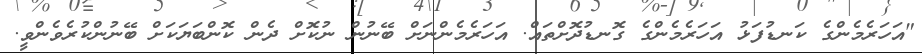
"އަހަރެމެންގެ ކަނޑުފަޅު އަހަރެމެންގެ ގޮނޑުދޮށްތައް. އަހަރެމެންނަށް ބޭނުން ނުކޮށް ދެން ކޮންބަޔަކަށް ބޭނުންކުރެވެންވީ.